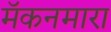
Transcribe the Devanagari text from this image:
मॅकनमारा